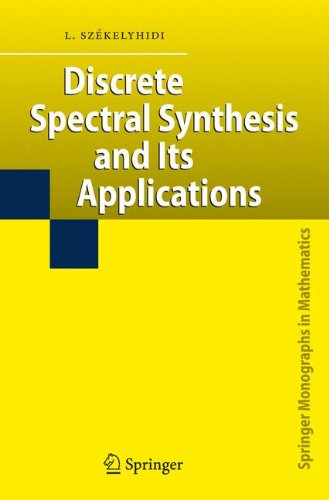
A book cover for Discrete Spectral Synthesis and Its Applications (Springer Monographs in Mathematics); LÃ¡szlÃ³ SzÃ©kelyhidi; Science & Math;